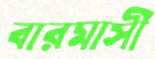
বারমাসী